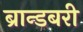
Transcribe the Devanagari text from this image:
ब्रान्डबरी